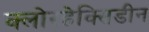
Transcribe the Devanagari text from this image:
क्लोरहेक्सिडीन